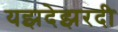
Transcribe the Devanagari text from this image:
यझदेझरदी